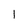
Character: l